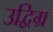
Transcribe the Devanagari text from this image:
उद्विग्र